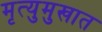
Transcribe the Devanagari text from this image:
मृत्युमुखात